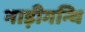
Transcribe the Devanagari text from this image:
नाड़ीगन्थि